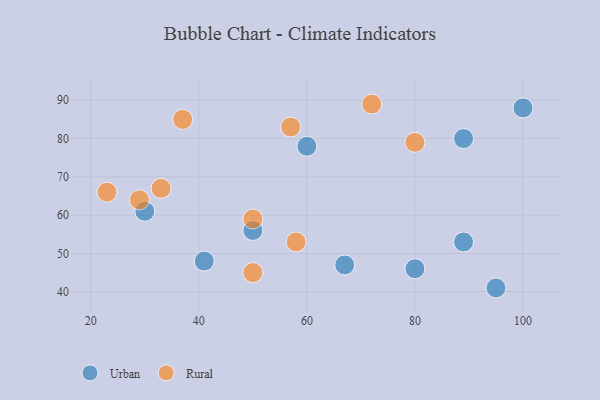
{"axis": {"x": "GDP", "y": "Life Expectancy"}, "legend": ["Rural", "Urban"], "data": [{"x": "30", "y": 61, "type": "Urban"}, {"x": "60", "y": 78, "type": "Urban"}, {"x": "41", "y": 48, "type": "Urban"}, {"x": "80", "y": 46, "type": "Urban"}, {"x": "89", "y": 80, "type": "Urban"}, {"x": "100", "y": 88, "type": "Urban"}, {"x": "67", "y": 47, "type": "Urban"}, {"x": "89", "y": 53, "type": "Urban"}, {"x": "50", "y": 56, "type": "Urban"}, {"x": "95", "y": 41, "type": "Urban"}, {"x": "50", "y": 45, "type": "Rural"}, {"x": "72", "y": 89, "type": "Rural"}, {"x": "80", "y": 79, "type": "Rural"}, {"x": "23", "y": 66, "type": "Rural"}, {"x": "57", "y": 83, "type": "Rural"}, {"x": "33", "y": 67, "type": "Rural"}, {"x": "37", "y": 85, "type": "Rural"}, {"x": "50", "y": 59, "type": "Rural"}, {"x": "29", "y": 64, "type": "Rural"}, {"x": "58", "y": 53, "type": "Rural"}]}